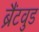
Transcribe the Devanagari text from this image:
ब्रैंटवुड